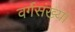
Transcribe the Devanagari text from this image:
वर्गसंख्या